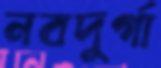
নবদুর্গা